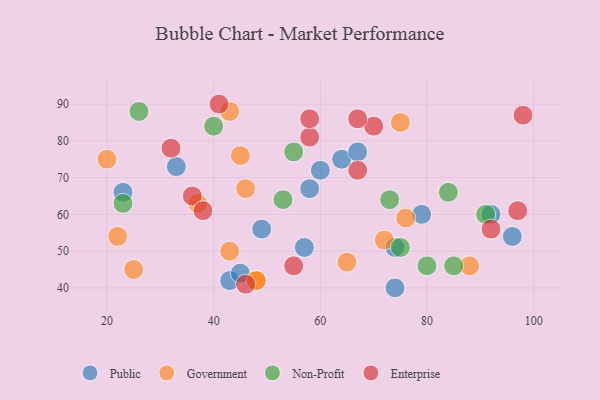
{"axis": {"x": "GDP", "y": "Life Expectancy"}, "legend": ["Enterprise", "Government", "Non-Profit", "Public"], "data": [{"x": "74", "y": 51, "type": "Public"}, {"x": "57", "y": 51, "type": "Public"}, {"x": "96", "y": 54, "type": "Public"}, {"x": "79", "y": 60, "type": "Public"}, {"x": "49", "y": 56, "type": "Public"}, {"x": "64", "y": 75, "type": "Public"}, {"x": "33", "y": 73, "type": "Public"}, {"x": "58", "y": 67, "type": "Public"}, {"x": "74", "y": 40, "type": "Public"}, {"x": "92", "y": 60, "type": "Public"}, {"x": "43", "y": 42, "type": "Public"}, {"x": "67", "y": 77, "type": "Public"}, {"x": "45", "y": 44, "type": "Public"}, {"x": "23", "y": 66, "type": "Public"}, {"x": "60", "y": 72, "type": "Public"}, {"x": "48", "y": 42, "type": "Government"}, {"x": "46", "y": 67, "type": "Government"}, {"x": "72", "y": 53, "type": "Government"}, {"x": "76", "y": 59, "type": "Government"}, {"x": "88", "y": 46, "type": "Government"}, {"x": "45", "y": 76, "type": "Government"}, {"x": "37", "y": 63, "type": "Government"}, {"x": "43", "y": 88, "type": "Government"}, {"x": "43", "y": 50, "type": "Government"}, {"x": "48", "y": 42, "type": "Government"}, {"x": "25", "y": 45, "type": "Government"}, {"x": "75", "y": 85, "type": "Government"}, {"x": "22", "y": 54, "type": "Government"}, {"x": "65", "y": 47, "type": "Government"}, {"x": "20", "y": 75, "type": "Government"}, {"x": "75", "y": 51, "type": "Non-Profit"}, {"x": "85", "y": 46, "type": "Non-Profit"}, {"x": "40", "y": 84, "type": "Non-Profit"}, {"x": "73", "y": 64, "type": "Non-Profit"}, {"x": "84", "y": 66, "type": "Non-Profit"}, {"x": "55", "y": 77, "type": "Non-Profit"}, {"x": "91", "y": 60, "type": "Non-Profit"}, {"x": "53", "y": 64, "type": "Non-Profit"}, {"x": "23", "y": 63, "type": "Non-Profit"}, {"x": "80", "y": 46, "type": "Non-Profit"}, {"x": "26", "y": 88, "type": "Non-Profit"}, {"x": "36", "y": 65, "type": "Enterprise"}, {"x": "58", "y": 81, "type": "Enterprise"}, {"x": "70", "y": 84, "type": "Enterprise"}, {"x": "46", "y": 41, "type": "Enterprise"}, {"x": "32", "y": 78, "type": "Enterprise"}, {"x": "58", "y": 86, "type": "Enterprise"}, {"x": "67", "y": 72, "type": "Enterprise"}, {"x": "97", "y": 61, "type": "Enterprise"}, {"x": "38", "y": 61, "type": "Enterprise"}, {"x": "67", "y": 86, "type": "Enterprise"}, {"x": "92", "y": 56, "type": "Enterprise"}, {"x": "41", "y": 90, "type": "Enterprise"}, {"x": "55", "y": 46, "type": "Enterprise"}, {"x": "98", "y": 87, "type": "Enterprise"}]}